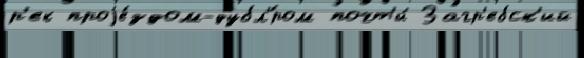
р'ек проjе́здом-дубл'́ром почт'и́ Загр'ебск'ий